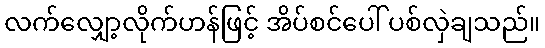
လက်လျှော့လိုက်ဟန်ဖြင့် အိပ်စင်ပေါ် ပစ်လှဲချသည်။